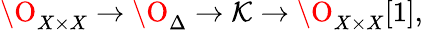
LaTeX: \O_{X\times X}\to\O_{\Delta}\to{\cal K}\to\O_{X\times X}[1],